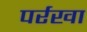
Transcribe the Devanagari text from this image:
पर्रखा